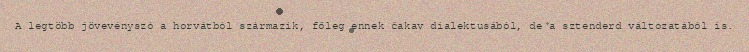
A legtöbb jövevényszó a horvátból származik, főleg ennek čakav dialektusából, de a sztenderd változatából is.